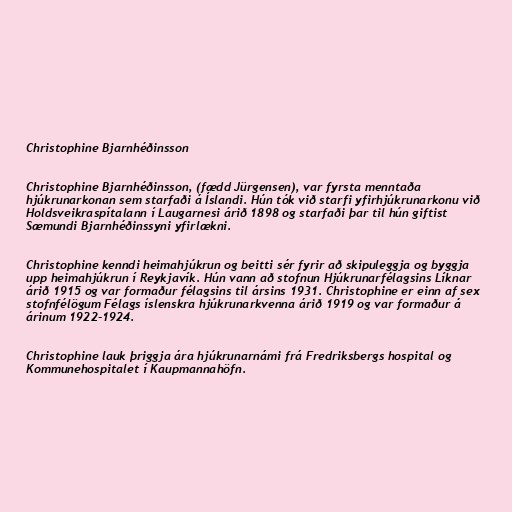
Christophine Bjarnhéðinsson

Christophine Bjarnhéðinsson, (fædd Jürgensen), var fyrsta menntaða
hjúkrunarkonan sem starfaði á Íslandi. Hún tók við starfi yfirhjúkrunarkonu við
Holdsveikraspítalann í Laugarnesi árið 1898 og starfaði þar til hún giftist
Sæmundi Bjarnhéðinssyni yfirlækni.

Christophine kenndi heimahjúkrun og beitti sér fyrir að skipuleggja og byggja
upp heimahjúkrun í Reykjavík. Hún vann að stofnun Hjúkrunarfélagsins Líknar
árið 1915 og var formaður félagsins til ársins 1931. Christophine er einn af sex
stofnfélögum Félags íslenskra hjúkrunarkvenna árið 1919 og var formaður á
árinum 1922-1924.

Christophine lauk þriggja ára hjúkrunarnámi frá Fredriksbergs hospital og
Kommunehospitalet í Kaupmannahöfn.